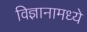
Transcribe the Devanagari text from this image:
विज्ञानामध्ये